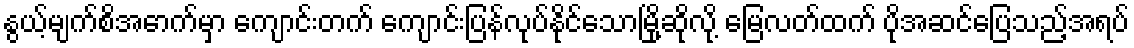
နွယ့်မျက်စိအောက်မှာ ကျောင်းတက် ကျောင်းပြန်လုပ်နိုင်သောမြို့ဆိုလို့ မြေလတ်ထက် ပိုအဆင်ပြေသည့်အရပ်